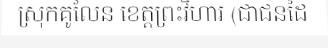
ស្រុកគូលែន ខេត្តព្រះវិហារ (ជាជនដៃ